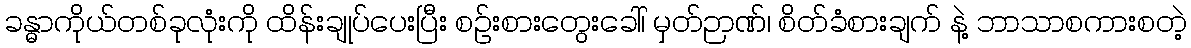
ခန္ဓာကိုယ်တစ်ခုလုံးကို ထိန်းချုပ်ပေးပြီး စဉ်းစားတွေးခေါ်၊ မှတ်ဉာဏ်၊ စိတ်ခံစားချက် နဲ့ ဘာသာစကားစတဲ့